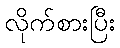
လိုက်စားပြီး